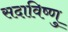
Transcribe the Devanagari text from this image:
सदाविष्णु